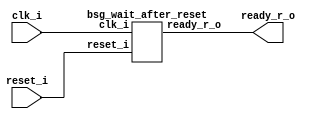


module top
(
  reset_i,
  clk_i,
  ready_r_o
);

  input reset_i;
  input clk_i;
  output ready_r_o;

  bsg_wait_after_reset
  wrapper
  (
    .reset_i(reset_i),
    .clk_i(clk_i),
    .ready_r_o(ready_r_o)
  );


endmodule



module bsg_wait_after_reset
(
  reset_i,
  clk_i,
  ready_r_o
);

  input reset_i;
  input clk_i;
  output ready_r_o;
  wire N0,N1,N2,N3,N4,N5,N6,N7,N8,N9,N10,N11,N12,N13,N14,N15,N16,N17,N18,N19,N20,N21,
  N22,N23,N24,N25,N26,N27,N28,N29,N30,N31,N32,N33,N34,N35,N36;
  reg ready_r_o;
  reg [9:0] counter_r;
  assign N27 = counter_r[8] | counter_r[9];
  assign N28 = counter_r[7] | N27;
  assign N29 = counter_r[6] | N28;
  assign N30 = counter_r[5] | N29;
  assign N31 = counter_r[4] | N30;
  assign N32 = counter_r[3] | N31;
  assign N33 = counter_r[2] | N32;
  assign N34 = counter_r[1] | N33;
  assign N35 = counter_r[0] | N34;
  assign N36 = ~N35;
  assign { N12, N11, N10, N9, N8, N7, N6, N5, N4, N3 } = counter_r + 1'b1;
  assign N13 = (N0)? 1'b1 : 
               (N25)? 1'b0 : 
               (N2)? 1'b1 : 1'b0;
  assign N0 = reset_i;
  assign { N23, N22, N21, N20, N19, N18, N17, N16, N15, N14 } = (N0)? { 1'b0, 1'b0, 1'b0, 1'b0, 1'b0, 1'b0, 1'b0, 1'b0, 1'b0, 1'b1 } : 
                                                                (N2)? { N12, N11, N10, N9, N8, N7, N6, N5, N4, N3 } : 1'b0;
  assign N24 = (N0)? 1'b1 : 
               (N25)? 1'b1 : 
               (N2)? 1'b0 : 1'b0;
  assign N1 = N36 | reset_i;
  assign N2 = ~N1;
  assign N26 = ~reset_i;
  assign N25 = N36 & N26;

  always @(posedge clk_i) begin
    if(N24) begin
      ready_r_o <= N25;
    end 
    if(N13) begin
      { counter_r[9:0] } <= { N23, N22, N21, N20, N19, N18, N17, N16, N15, N14 };
    end 
  end


endmodule